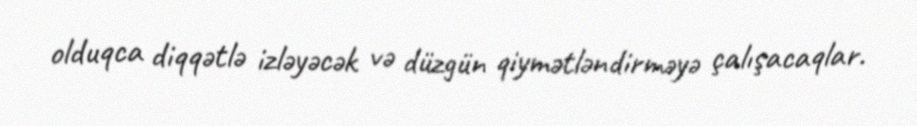
olduqca diqqətlə izləyəcək və düzgün qiymətləndirməyə çalışacaqlar.